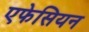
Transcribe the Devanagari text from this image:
एफेसियन